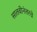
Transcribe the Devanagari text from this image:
सातवीनंतरचे